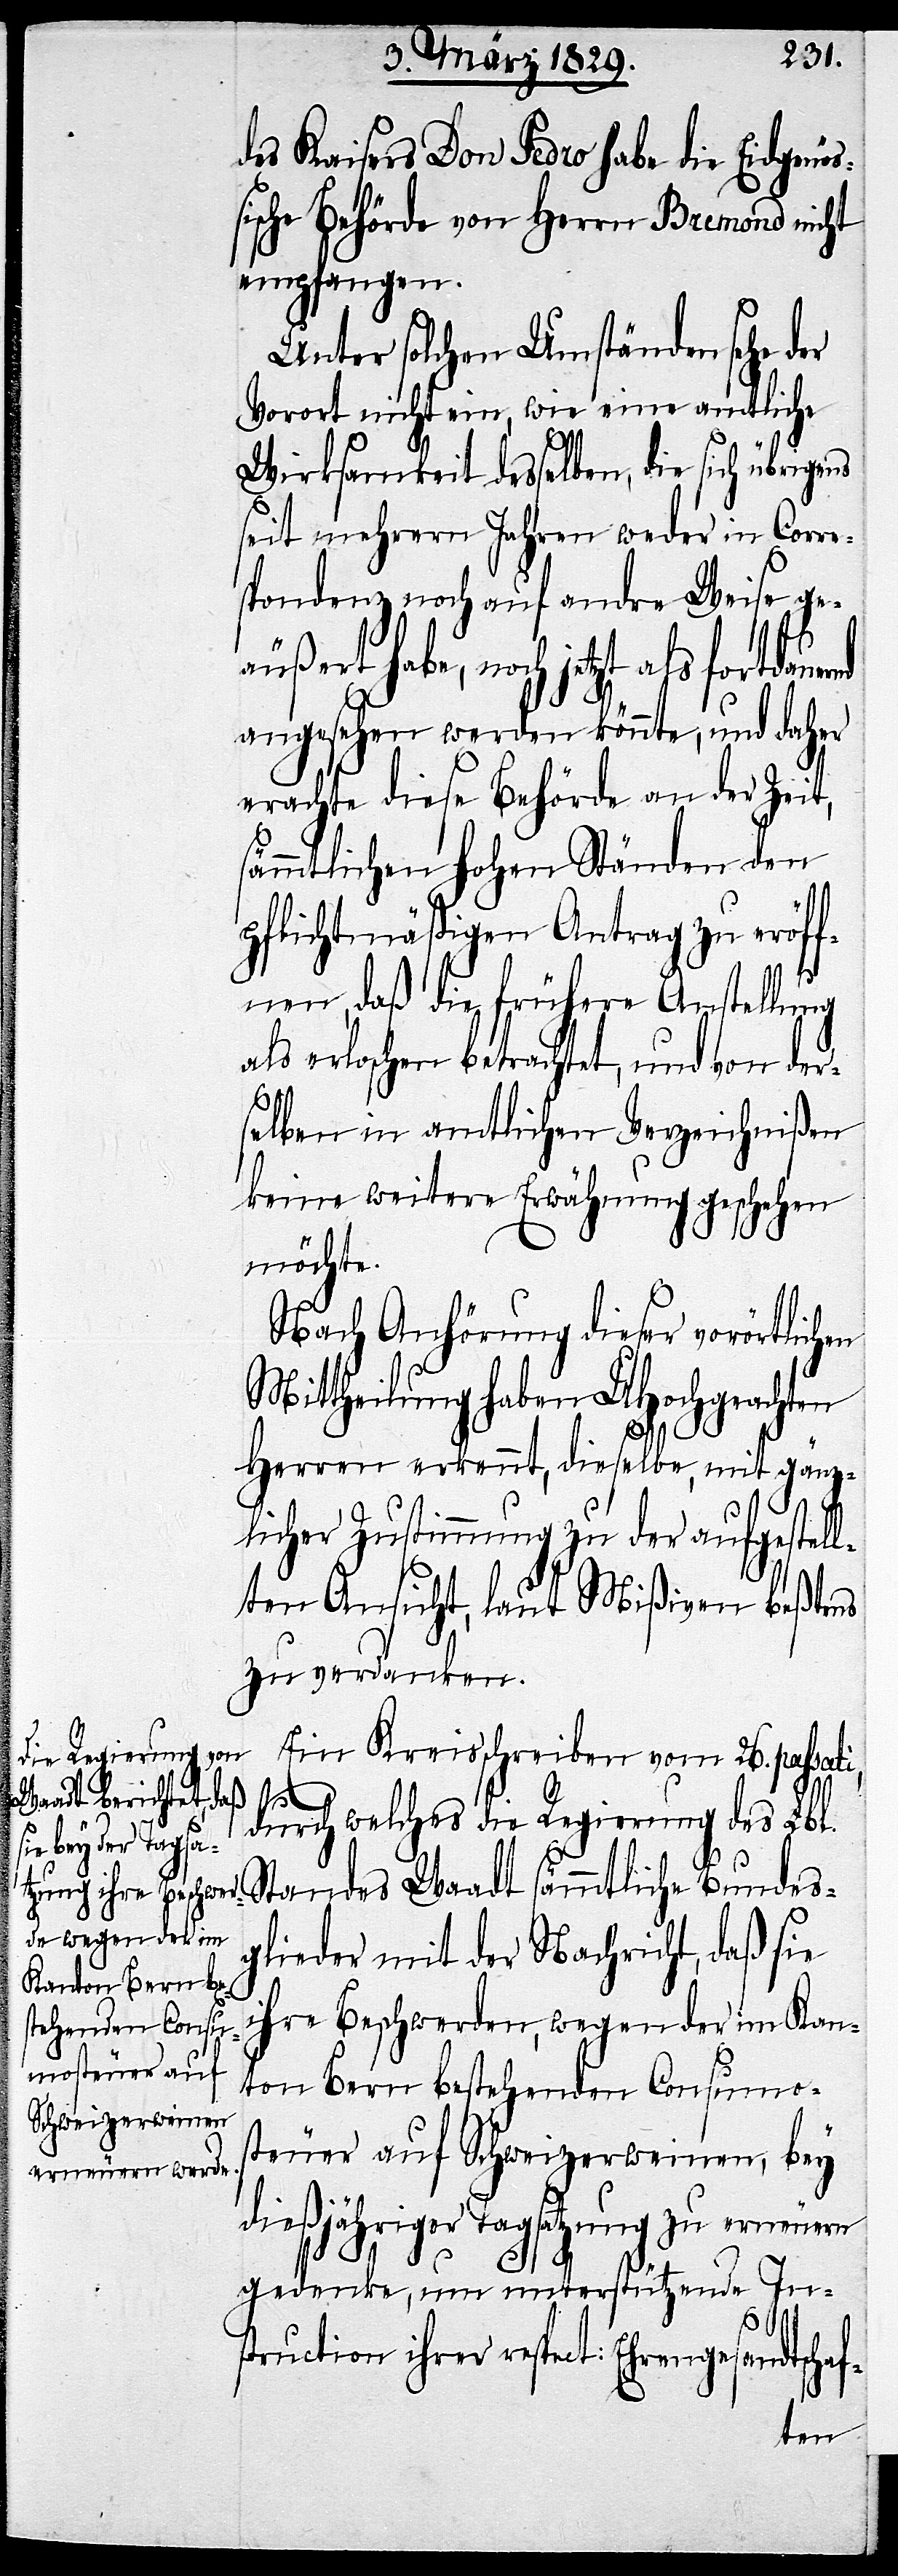
Schweizerweinen

des Kaisers Don Pedro habe die Eidgenö¬
ßische Behörde von Herrn Bremond nicht
empfangen.
Unter solchen Umständen sehe der
Vorort nicht ein, wie eine amtliche
Wirksamkeit desselben, die sich übrige¬
seit mehrern Jahren weder in Corre¬
spondenz noch auf andre Weise ge¬
äußert habe, noch jetzt als fortdauernd
angesehen werde könnte, und daher
erachte diese Behörde an der Zeit,
sämmtlichen hohen Ständen den
pflichtmäßigen Antrag zu eröff¬
nen, daß die frühere Anstellung
als erloschen betrachtet, und von der¬
selben in amtlichen Verzeichnißen
keine weiter Erwähnung geschehen
möchte.
Nach Anhörung dieser vorörtlichen
Mittheilung haben UHochgeachten
Herren erkennt, dieselbe, mit gänz¬
licher Zustimmung zu der aufgestell¬
ten Ansicht, laut Mißiven beßtens
zu verdanken.
Ein Kreisschreiben vom 26. passati,
chaf-
durch welches die Regierung des Lbl.
Standes Waadt sämmtliche Bundes¬
glieder mit der Nachricht, daß sie
ihre Beschwerden, wegen der im Kan¬
ton Bern bestehenden Consumos¬
gedenke, um unterstützende In¬
struction ihrer respect: Ehrengesa¬